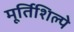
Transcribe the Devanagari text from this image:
मूर्तिशिल्पे